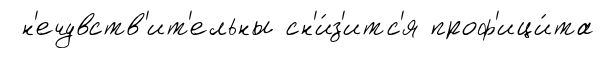
н'ечувств'ит'ельны сн'и́з'итс'я проф'ици́та